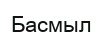
Басмыл